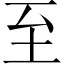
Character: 至